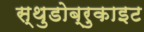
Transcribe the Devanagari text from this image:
स्थुडोब्रुकाइट